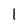
Character: l